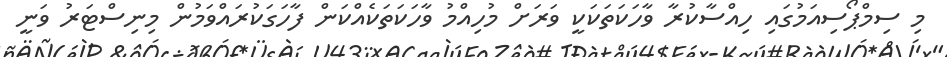
މި ސިމްޕޯސިއަމުގައި ހިއްސާކުރާ ވާހަކަތަކަކީ ވަރަށް މުހިއްމު ވާހަކަތަކެއްކަން ފާހަގަކުރައްވަމުން މިނިސްޓަރު ވަނީ